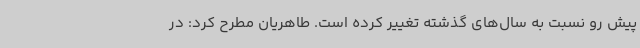
پیش رو نسبت به سال‌های گذشته تغییر کرده است. طاهریان مطرح کرد: در